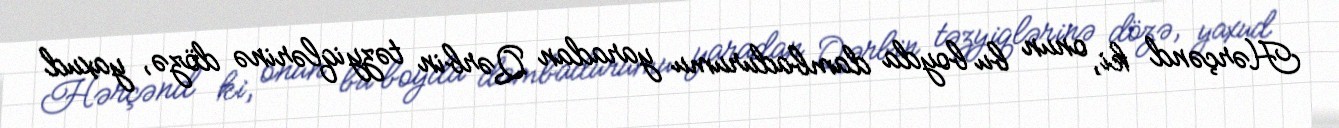
Hərçənd ki, onun bu boyda dambadurumu yaradan Qərbin təzyiqlərinə dözə, yaxud